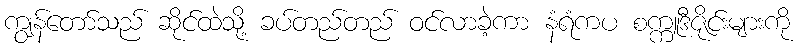
ကျွန်တော်သည် ဆိုင်ထဲသို့ ခပ်တည်တည် ဝင်လာခဲ့ကာ နံရံကပ စက္ကူဒီဇိုင်းများကို